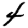
Digit: 4